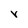
Character: r